Vaccine operations Central Provinces 1900-1911 - 1900-1911
Year: 1900
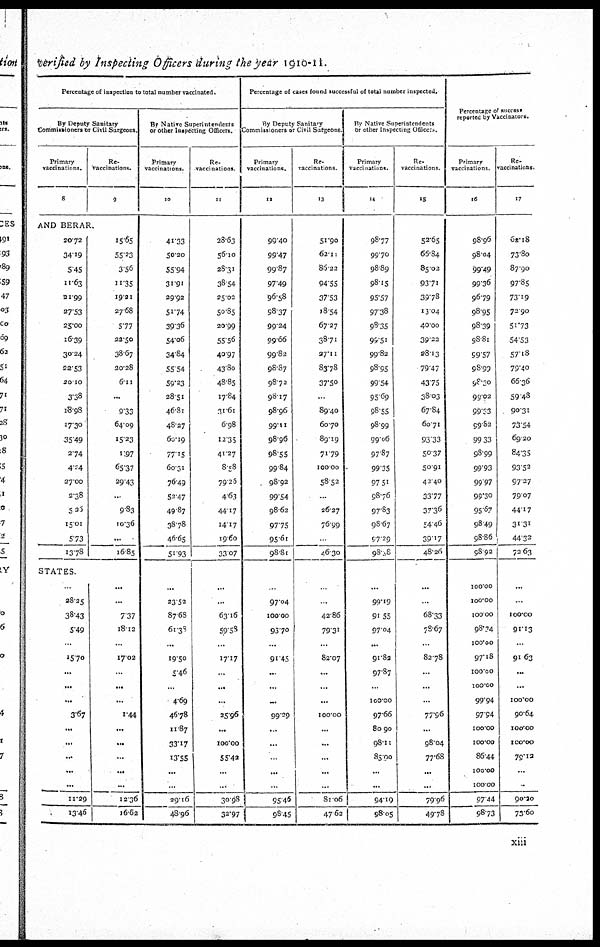
Verified by Inspecting Officers during the year 1910-11.
Percentage of inspection to total number vaccinated.
By Deputy Sanitary
Commissioners or Civil Surgeons.
Primary
vaccinations.
8
Re¬
vaccination.
9
AND BERAR.
20.72
34.19
5.45
11.63
21.99
27.53
25.00
16.39
30.24
22.53
20.10
3.38
18.98
17.30
35.49
2.74
4.24
27.00
2.38
5.26
15.01
5.73
13.78
STATES.
..
28.25
38.43
5.49
...
15.70
...
...
...
3.67
...
...
...
...
...
11.29
13.46
15.65
55.23
3.56
11.35
19.21
27.68
5.77
22.50
38.67
20.28
6.11
...
9.33
64.09
15.23
1.97
65.37
29.43
...
9.83
10.36
...
16.85
...
...
7.37
18.12
...
17.02
...
...
...
1.44
...
...
...
...
...
12.36
16.62
By Native Superintendents
or Other Inspecting Officers.
Primary
vaccinations.
10
41.33
50.20
55.94
31.91
29.92
51.74
39.36
54.06
34.84
55.54
59.23
28.51
46.81
48.27
60.19
77.15
60.31
76.49
52.47
49.87
38.78
46.65
51.93
...
23.52
87.68
61.38
...
19.50
5.46
...
4.69
46.78
11.87
33.17
13.55
...
...
29.16
48.96
Re¬
vaccinations.
11
28.63
56.10
28.31
38.54
25.02
50.85
20.99
55.56
40.97
43.80
48.85
17.84
31.61
6.98
12.35
41.27
8.58
79.25
4.63
44.17
14.17
19.60
33.07
...
...
63.16
59.58
...
17.17
...
...
...
25.96
...
100.00
55.42
...
...
30.98
32.97
Percentage of cases found successful of total number inspected.
By Deputy Sanitary
Commissioners or Civil Surgeons.
Primary
vaccinations.
12
99.40
99.47
99.87
97.49
96.58
98.37
99.24
99.66
99.82
98.87
98.72
98.17
98.96
99.11
98.96
98.55
99.84
98.92
99.54
98.62
97.75
95.61
98.81
...
97.04
100.00
93.70
...
91.45
...
...
...
99.29
...
...
...
...
...
95.46
98.45
Re¬
vaccinations.
13
51.90
62.11
86.22
94.55
37.53
18.54
67.27
38.71
27.11
83.78
37.50
...
89.40
60.70
89.19
71.79
100.00
58.52
...
26.27
76.99
...
46.30
...
...
42.86
79.31
...
82.07
...
...
...
100.00
...
...
...
...
...
81.06
47.62
By Native Superintendents
or other Inspecting Officers.
Primary
vaccinations.
14
98.77
99.70
98.89
98.15
95.57
97.38
98.35
99.51
99.82
98.95
99.54
95.69
98.55
98.99
99.06
97. 87
99.35
97.51
98.76
97.83
98.67
97.29
98.08
...
99.19
91.55
97.04
...
91.82
97.87
...
100.00
97.66
80.90
98.11
85.00
...
...
94.19
98.05
Re¬
vaccinations.
15
52.65
66.84
85.02
93.71
39.78
13.04
40.00
39.22
28.13
79.40
43.75
38.03
67.84
60.71
93.33
50.37
50.91
43.40
33.77
37.36
54.46
39.17
48.26
...
...
68.33
78.67
...
82.78
...
...
...
77.96
...
98.04
77.68
...
...
79.96
49.78
Percentage of success
reported by Vaccinators.
Primary
vaccinations.
16
98.96
98.04
99.49
99.36
96.79
98.95
98.39
98.81
99.57
98.99
98.30
99.02
99.63
99.82
99.33
98.99
99.93
99.97
99.30
95.67
98.49
98.86
98.92
100.00
100.00
100.00
98.24
100.00
97.18
100.00
100.00
99.94
97.94
100.00
100.00
86.44
100.00
100.00
97.44
98.73
Re¬
vaccinations.
17
62.18
73.80
87.90
97.85
73.19
72.90
51.73
54.53
57.18
79.40
66.36
59.48
90.31
73.54
69.20
84.35
93.52
97.27
79.07
44.17
31.31
44.32
72.63
...
...
100.00
91.13
...
91.63
...
...
100.00
90.64
100.00
100.00
79.12
...
..
90.20
73.60
xiii